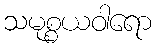
သမုစ္စယဝါရော